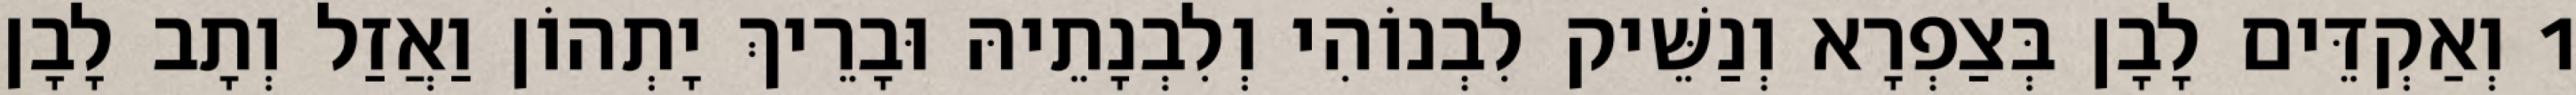
1 וְאַקְדֵּים לָבָן בְּצַפְרָא וְנַשֵּׁיק לִבְנוֹהִי וְלִבְנָתֵיהּ וּבָרֵיךְ יָתְהוֹן וַאֲזַל וְתָב לָבָן